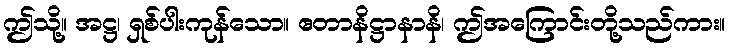
ဤသို့။ အဋ္ဌ၊ ရှစ်ပါးကုန်သော။ ဧတာနိဋ္ဌာနာနိ၊ ဤအကြောင်းတို့သည်ကား။